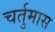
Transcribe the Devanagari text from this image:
चर्तुमास